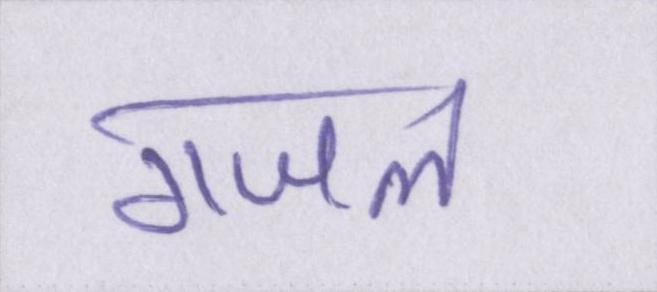
गजल